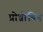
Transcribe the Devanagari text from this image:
प्रोथ्रोंबिन